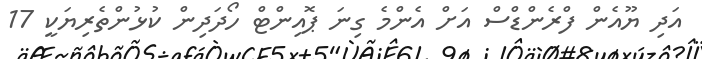
އަދި ޔޫއެން ފްރެންޑްސް އަށް އެންމެ ގިނަ ޕޮއިންޓް ހޯދަދިން ކުޅުންތެރިޔަކީ 17